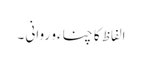
الفاظ کا چناءو روانی ۔